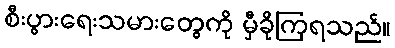
စီးပွားရေးသမားတွေကို မှီခိုကြရသည်။